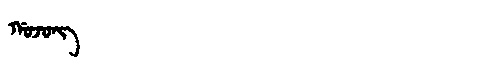
Manchu: ᡤᠣᠵᠣᠩ
Romanization: GOJONG